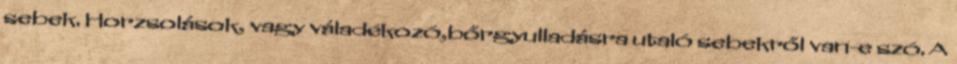
sebek. Horzsolások, vagy váladékozó,bőrgyulladásra utaló sebekről van-e szó. A